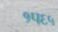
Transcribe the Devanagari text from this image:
१प६५